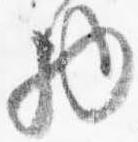
物